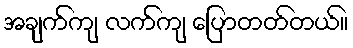
အချက်ကျ လက်ကျ ပြောတတ်တယ်။